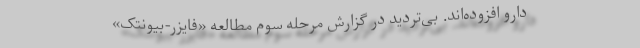
دارو افزوده‌اند. بی‌تردید در گزارش مرحله‌ ‌سوم مطالعه «فایزر-بیونتک»